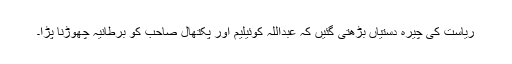
ریاست کی چیرہ دستیاں بڑھتی گئیں کہ عبداللہ کوئیلیم اور پکتھال صاحب کو برطانیہ چھوڑنا پڑا۔